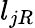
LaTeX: l_{jR}